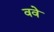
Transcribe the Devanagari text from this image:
ववे